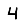
Digit: 4